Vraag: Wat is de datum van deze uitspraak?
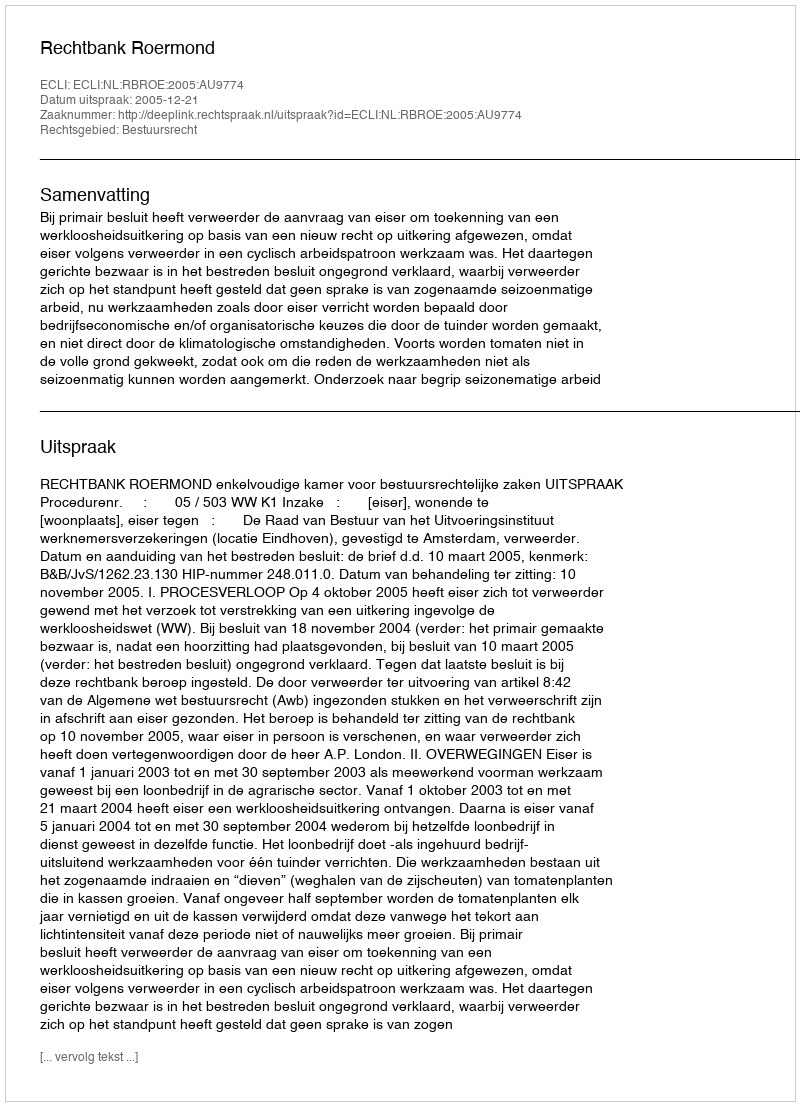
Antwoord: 2005-12-21